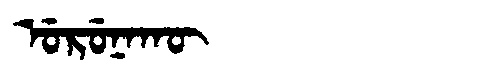
Manchu: ᡠᡵᡠᠨᠠᡴᡡ
Romanization: URUNAKŪ